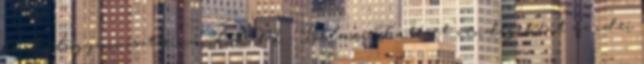
és Külügyminisztérium KKM - Balassi Intézet vendégeként az idei